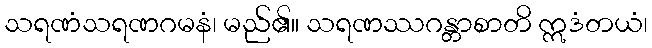
သရဏံသရဏဂမနံ၊ မည်၏။ သရဏဿဂန္တာစာတိ ဣဒံတယံ၊